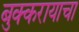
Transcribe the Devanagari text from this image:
बुक्करायाचा